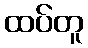
ထပ်တူ